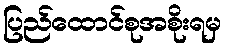
ပြည်ထောင်စုအစိုးရမှ